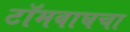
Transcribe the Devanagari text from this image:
टॉमबाघचा